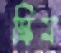
স্কিম